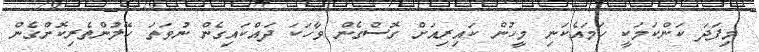
މިފަދަ ކަންކަމަކީ ހަމައެކަނި މީހުން ކައިރިއަށް ގޮސްގެން ވާހަކަ ދައްކައިގެން ނުވަތަ ހޭލުންތެރިކޮށްގެން